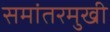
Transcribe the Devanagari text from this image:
समांतरमुखी